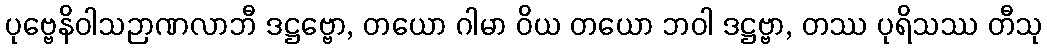
ပုဗ္ဗေနိဝါသဉာဏလာဘီ ဒဋ္ဌဗ္ဗော, တယော ဂါမာ ဝိယ တယော ဘဝါ ဒဋ္ဌဗ္ဗာ, တဿ ပုရိသဿ တီသု